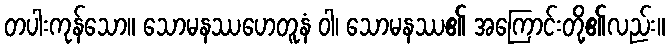
တပါးကုန်သော။ သောမနဿဟေတူနံ ဝါ၊ သောမနဿ၏ အကြောင်းတို့၏လည်း။